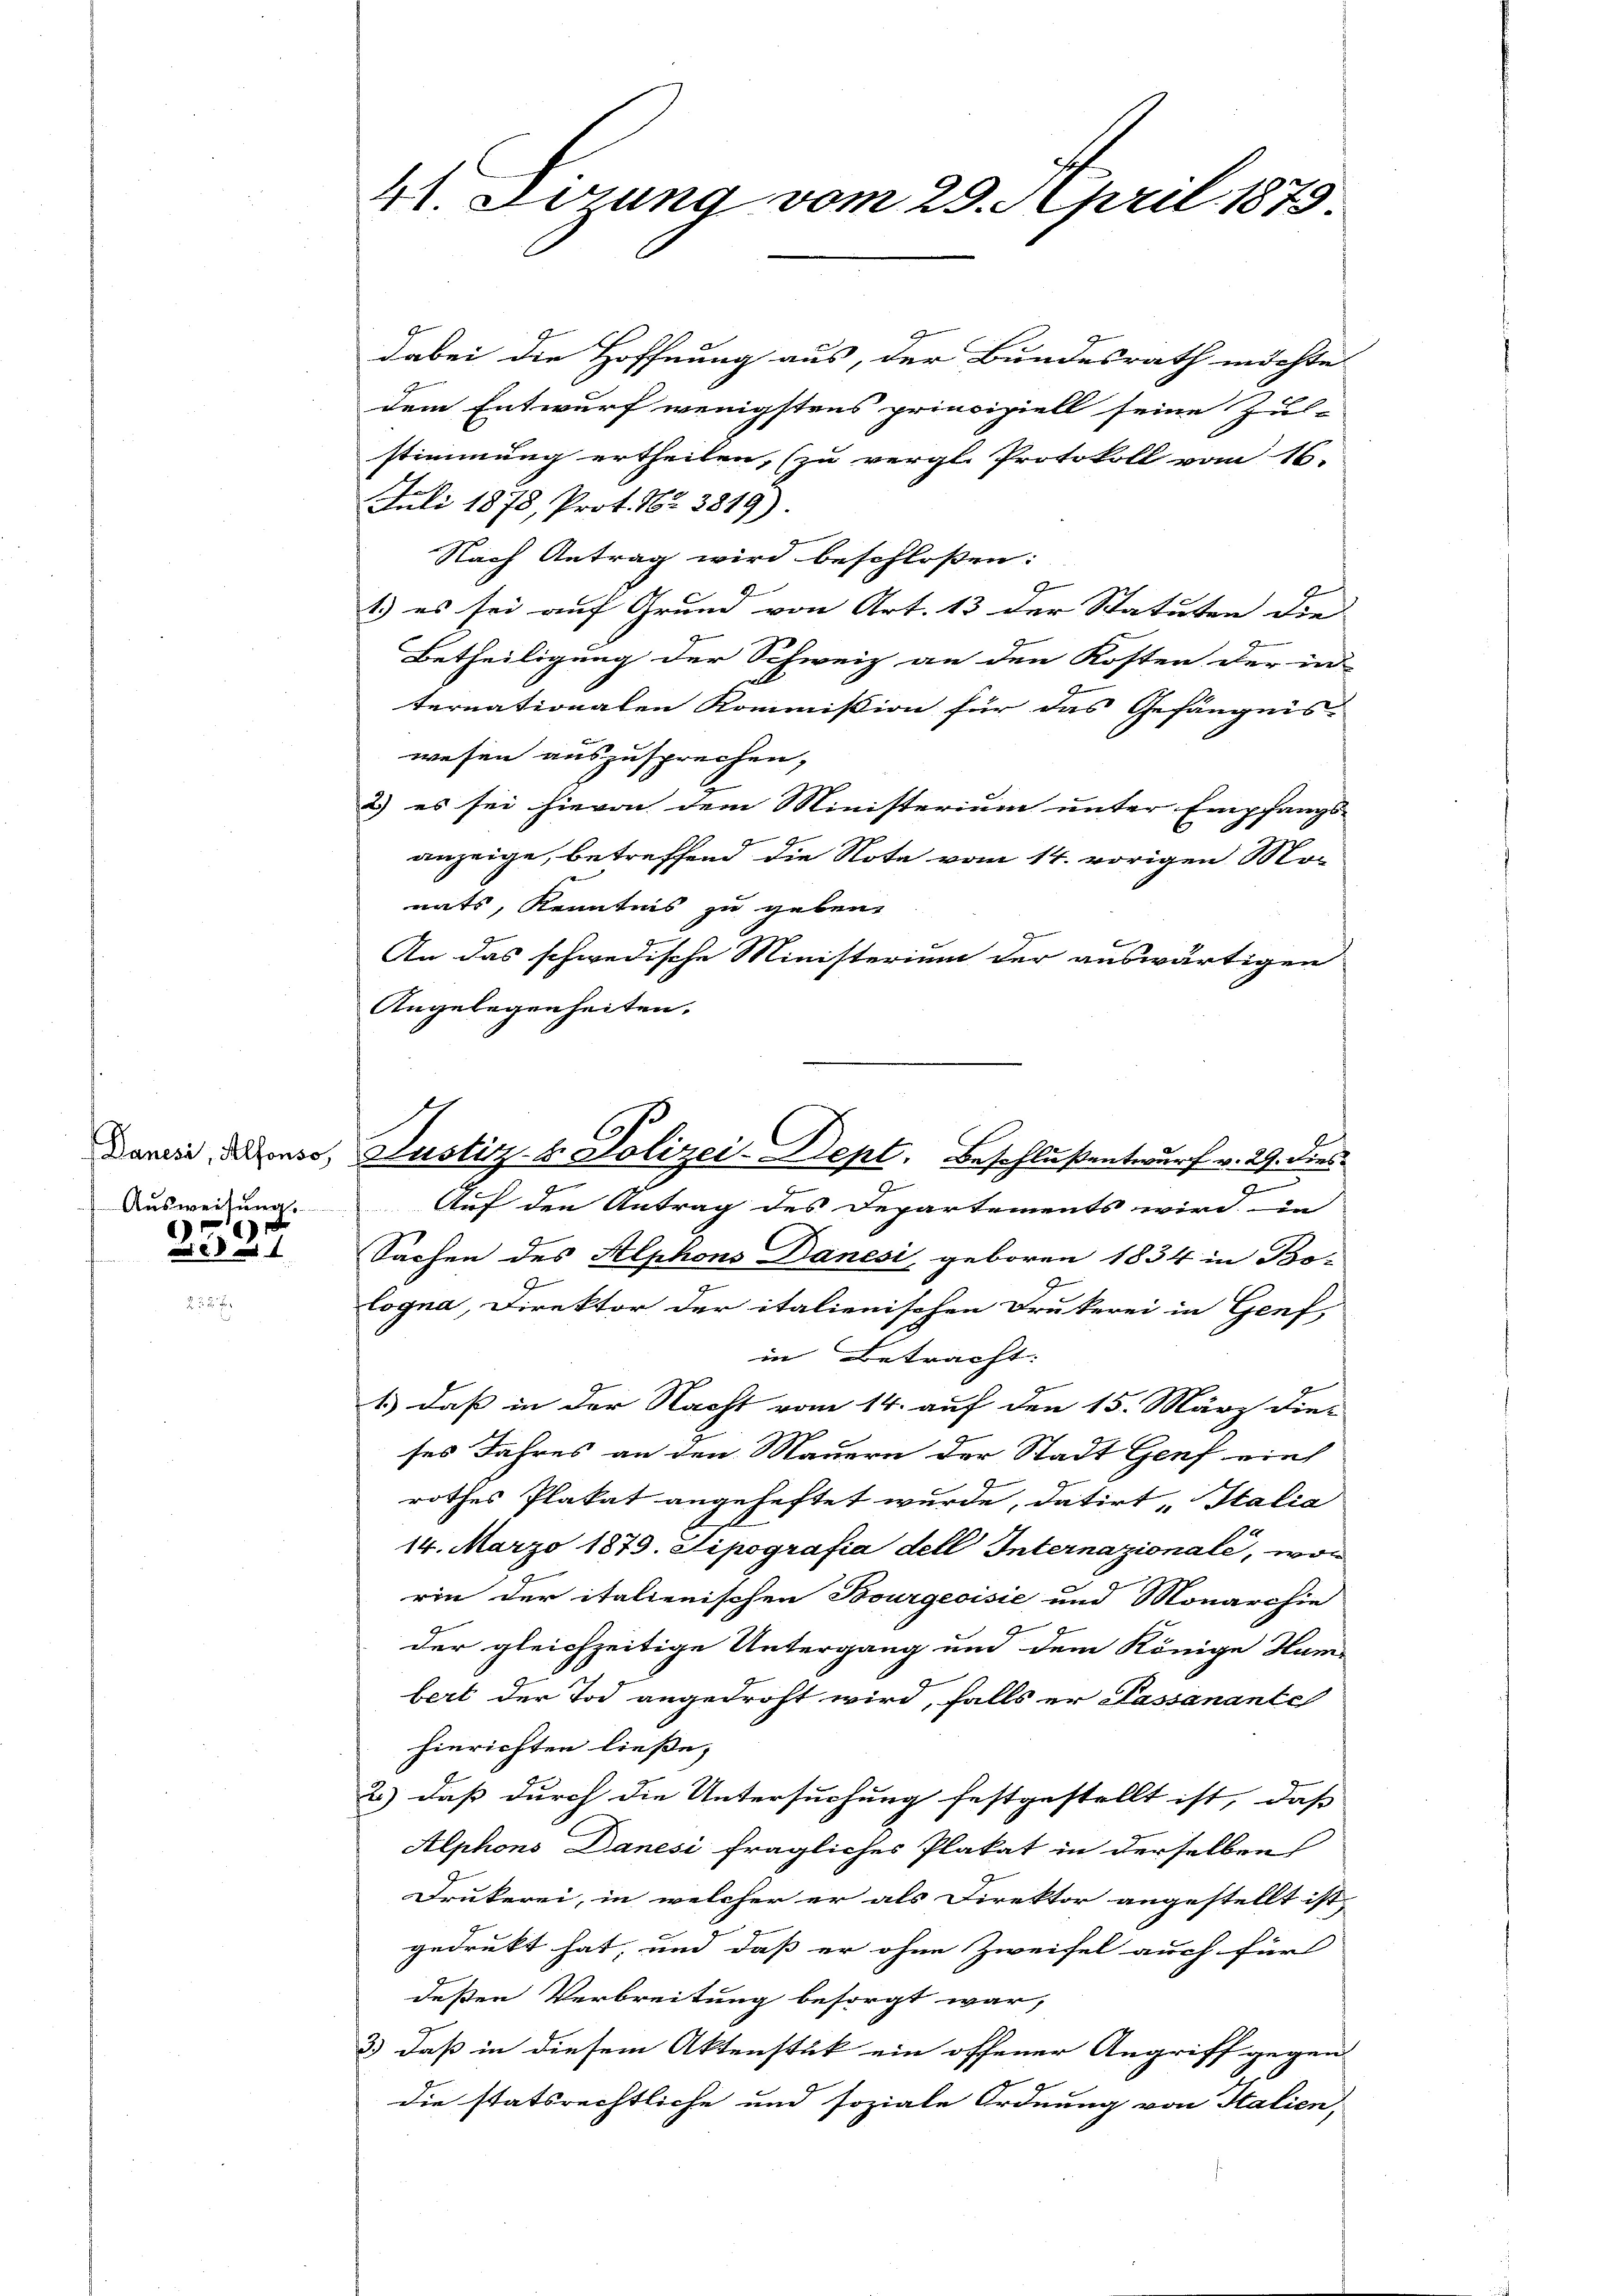
Danesi, Alfonso
Ausweisung.
6

4

4) Sirrung vom 29. April 1879.

Justiz- & Polizei-Dept. Beschlußentwurf v. 29. dies

dabei die Hoffnung aus, der Bundesrath möchte
dem Entwurf wenigstens principiell seine Zul-
stimmung ertheilen, (zu vergl. Protokoll vom 16.
Juli 1878, Prot. Nr. 3819)
Nach Antrag wird beschloßen:
1.) es sei auf Grund von Art. 13 der Statuten die
Betheiligung der Schweiz an den Kosten der in
ternationalen Kommission für das Gefängnis-
wesen auszusprechen,
2) es sei hievon dem Ministerium unter Empfangs-
anzeige, betreffend die Nota vom 14. vorigen Monats, Kenntnis zu geben.
An das schwedische Ministerium der auswärtigen
Angelegenheiten.

Auf den Antrag des Departements wird in
Sachen des Alphons Danesi, geboren 1834 in Bo-
9
logna, Direktor der italienischen Drukerei in Genf,
in Betracht:
1.) daß in der Nacht vom 14. auf den 15. März die
ses Jahres an den Mauern der Stadt Genf viel
rothes Plakat angeheftet wurde, datirt Italia
14. März 1879. Sipografia dell Internazionale, won
rin der italienischen Bourgeoisie und Monarchie
der gleichzeitige Untergang und dem Könige Hum-
bert der Tod angedroht wird, falls er Passanante
hinrichten ließe,
2) daß durch die Untersuchung festgestellt ist, dass
Alphons Danesi fragliches Plakat in derselben
Drukerei, in welcher er als Direktor angestellt ist,
gedrukt hat, und daß er ohne Zweifel auch für
deßen Verbreitung besorgt war,
3) daß in diesem Aktenstük ein offener Angriff gegen
die statsrechtliche und soziale Ordnung von Italien,